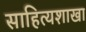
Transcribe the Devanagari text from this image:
साहित्यशाखा